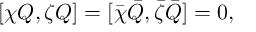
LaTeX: [ \chi Q , \zeta Q ] = [ \bar { \chi } \bar { Q } , \bar { \zeta } \bar { Q } ] = 0 ,